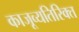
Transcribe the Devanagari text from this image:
काजूव्यतिरिक्त